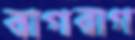
বাগবাগ